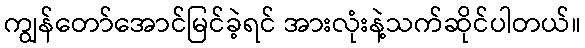
ကျွန်တော်အောင်မြင်ခဲ့ရင် အားလုံးနဲ့သက်ဆိုင်ပါတယ်။